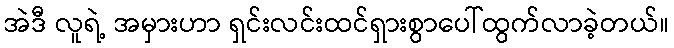
အဲဒီ လူရဲ့ အမှားဟာ ရှင်းလင်းထင်ရှားစွာပေါ်ထွက်လာခဲ့တယ်။